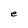
Character: e